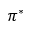
\pi ^ { * }